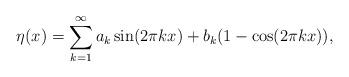
LaTeX: \begin{align*}\eta(x) = \sum_{k=1}^\infty a_k \sin(2\pi k x) + b_k (1-\cos(2\pi k x)),\end{align*}